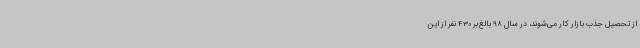
از تحصیل جذب بازار کار می‌شوند، در سال 98 بالغ‌بر 430 نفر از این